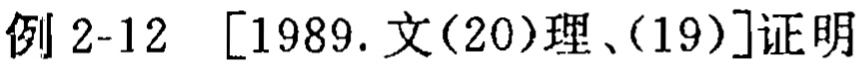
例 2-12 [1989. 文(20)理、(19)]证明